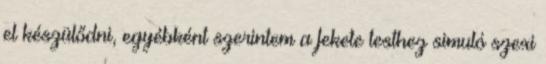
el készülődni, egyébként szerintem a fekete testhez simuló szexi